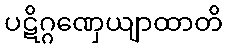
ပဋိဂ္ဂဏှေယျာထာတိ